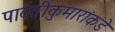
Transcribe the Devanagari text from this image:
पार्वतीकुमारांकडे